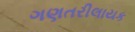
ગણતરીલાયક